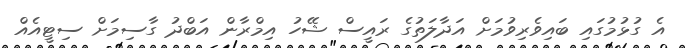
އެ ގުޅުމުގައި ބައިވެރިވުމަށް އަދާލަތުގެ ރައީސް ޝޭހު އިމްރާން އަބްދު ގާސިމަށް ސިޓީއެއް